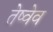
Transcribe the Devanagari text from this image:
तेष्वेव